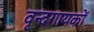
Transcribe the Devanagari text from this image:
वृन्दगायकों